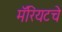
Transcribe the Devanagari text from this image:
मॅरियटचे